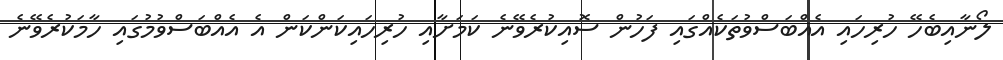
ލޯނާއިބެހޭ ހުރިހައި އެއްބަސްވުތަކެއްގައި ފަހުން ސޮއިކުރެވޭނެ ކަމަށާއި ހުރިހައިކަންކަން އެ އެއްބަސްވުމުގައި ހާމަކުރެވޭނެ